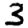
Digit: 3